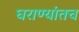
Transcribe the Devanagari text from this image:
घराण्यांतच